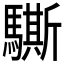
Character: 𲌁